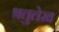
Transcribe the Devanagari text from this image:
श्रतुलेख